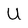
Character: U